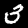
Digit: 3